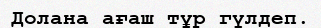
Долана ағаш тұр гүлдеп.